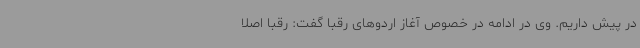
در پیش داریم. وی در ادامه در خصوص آغاز اردوهای رقبا گفت: رقبا اصلا